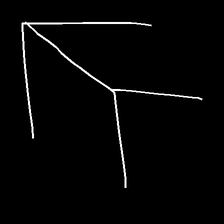
Glyph: gather